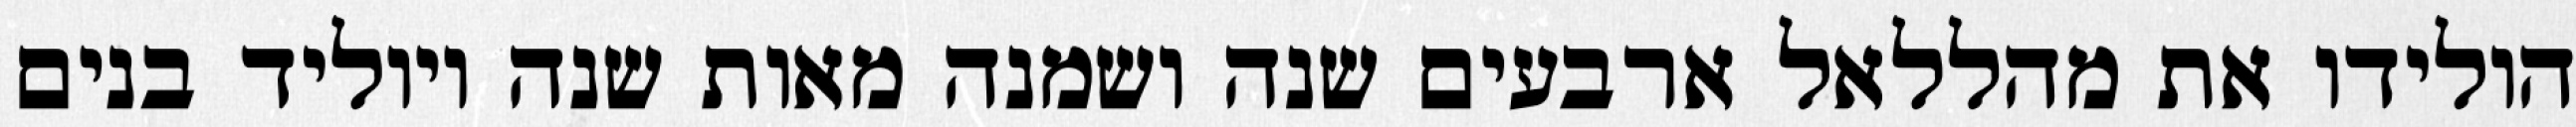
הולידו את מהללאל ארבעים שנה ושמנה מאות שנה ויוליד בנים